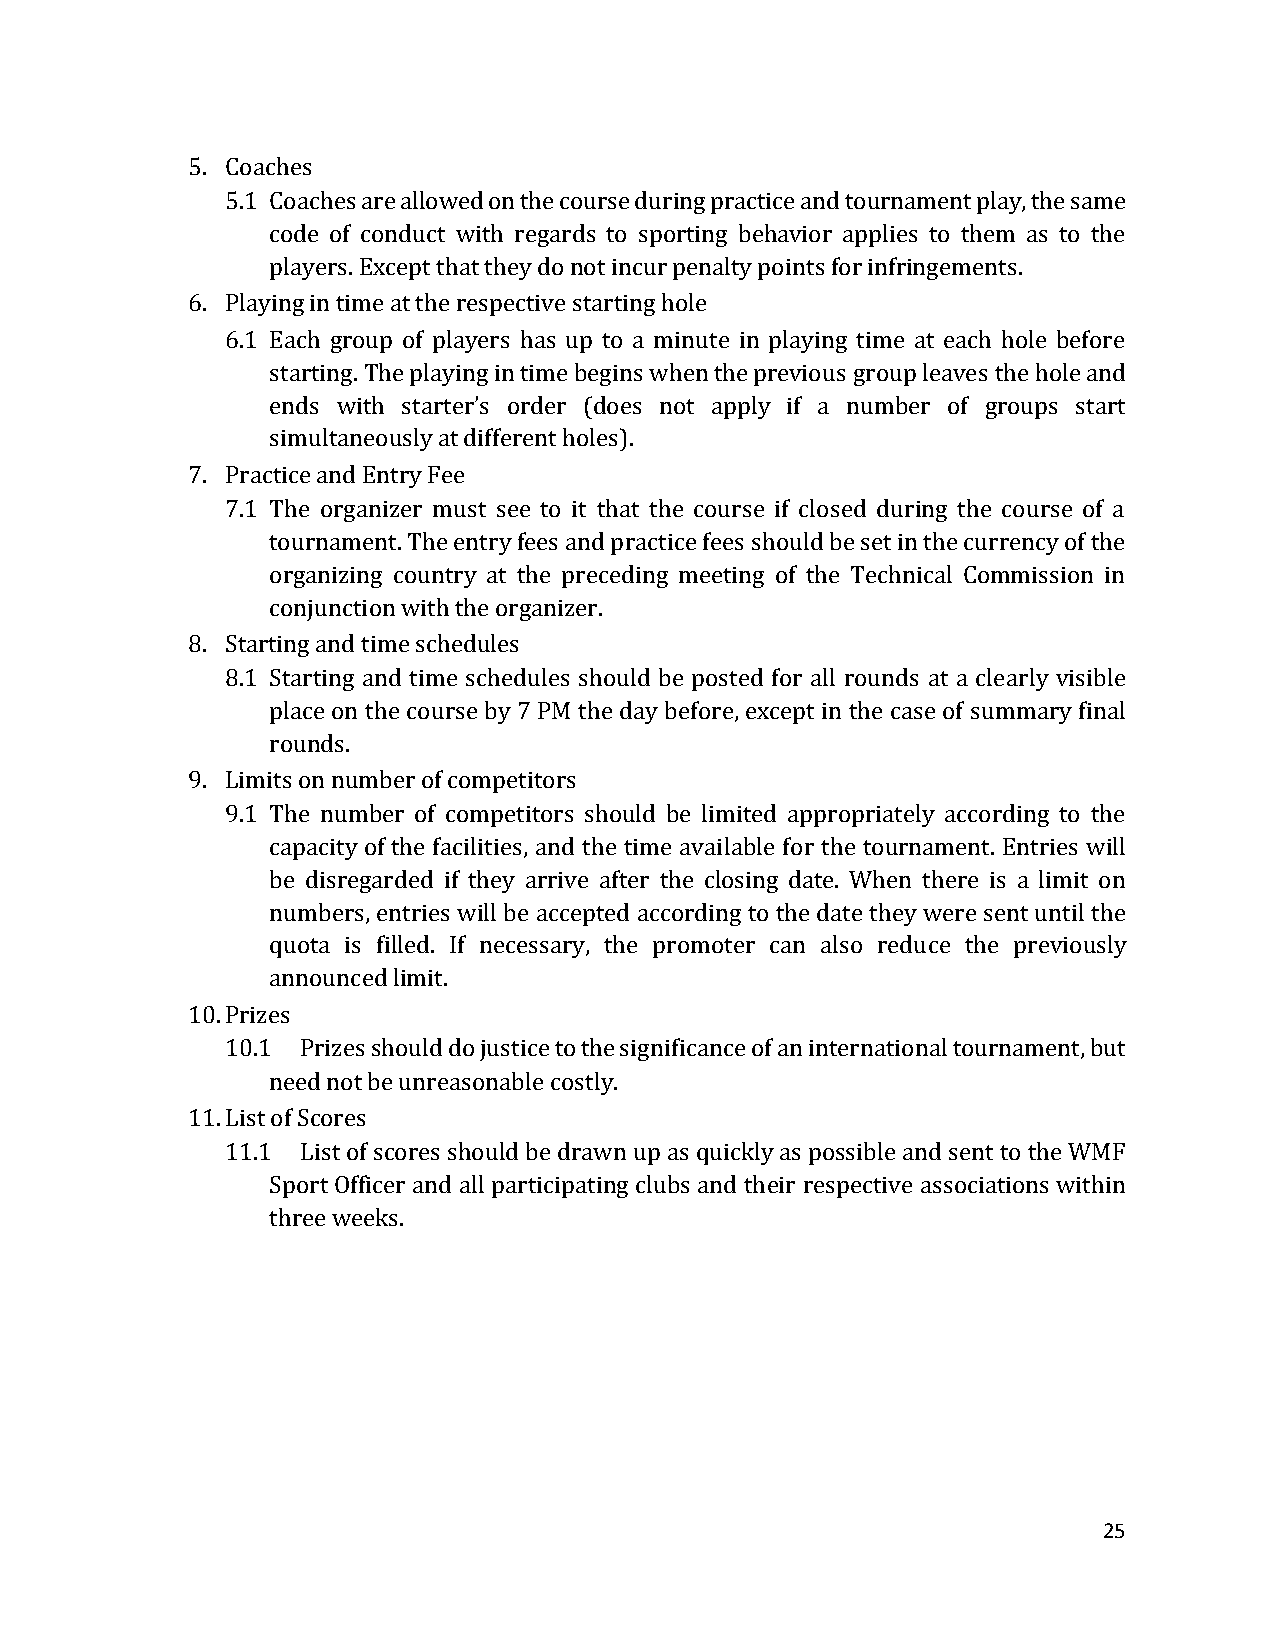
5. Coaches
 5.1 Coaches are allowed on the course during practice and tournament play, the same
 code of conduct with regards to sporting behavior applies to them as to the
 players. Except that they do not incur penalty points for infringements.
 6. Playing in time at the respective starting hole
 6.1 Each group of players has up to a minute in playing time at each hole before
 starting. The playing in time begins when the previous group leaves the hole and
 ends with starter’s order (does not apply if a number of groups start
 simultaneously at different holes).
 7. Practice and Entry Fee
 7.1 The organizer must see to it that the course if closed during the course of a
 tournament. The entry fees and practice fees should be set in the currency of the
 organizing country at the preceding meeting of the Technical Commission in
 conjunction with the organizer.
 8. Starting and time schedules
 8.1 Starting and time schedules should be posted for all rounds at a clearly visible
 place on the course by 7 PM the day before, except in the case of summary final
 rounds.
 9. Limits on number of competitors
 9.1 The number of competitors should be limited appropriately according to the
 capacity of the facilities, and the time available for the tournament. Entries will
 be disregarded if they arrive after the closing date. When there is a limit on
 numbers, entries will be accepted according to the date they were sent until the
 quota is filled. If necessary, the promoter can also reduce the previously
 announced limit.
 10. Prizes
 10.1 Prizes should do justice to the significance of an international tournament, but
 need not be unreasonable costly.
 11. List of Scores
 11.1 List of scores should be drawn up as quickly as possible and sent to the WMF
 Sport Officer and all participating clubs and their respective associations within
 three weeks.
 25